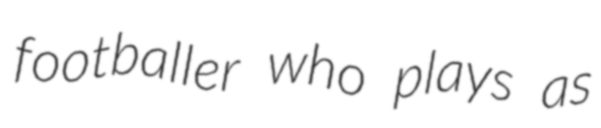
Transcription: footballer who plays as